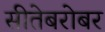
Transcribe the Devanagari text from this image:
सीतेबरोबर